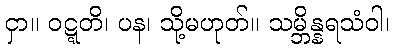
ငှာ။ ဝဋ္ဋတိ၊ ပန၊ သို့မဟုတ်။ သမ္ဘိန္နရသံဝါ၊